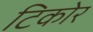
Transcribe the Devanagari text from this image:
टिकोर